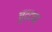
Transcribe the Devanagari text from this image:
चुद्दपह